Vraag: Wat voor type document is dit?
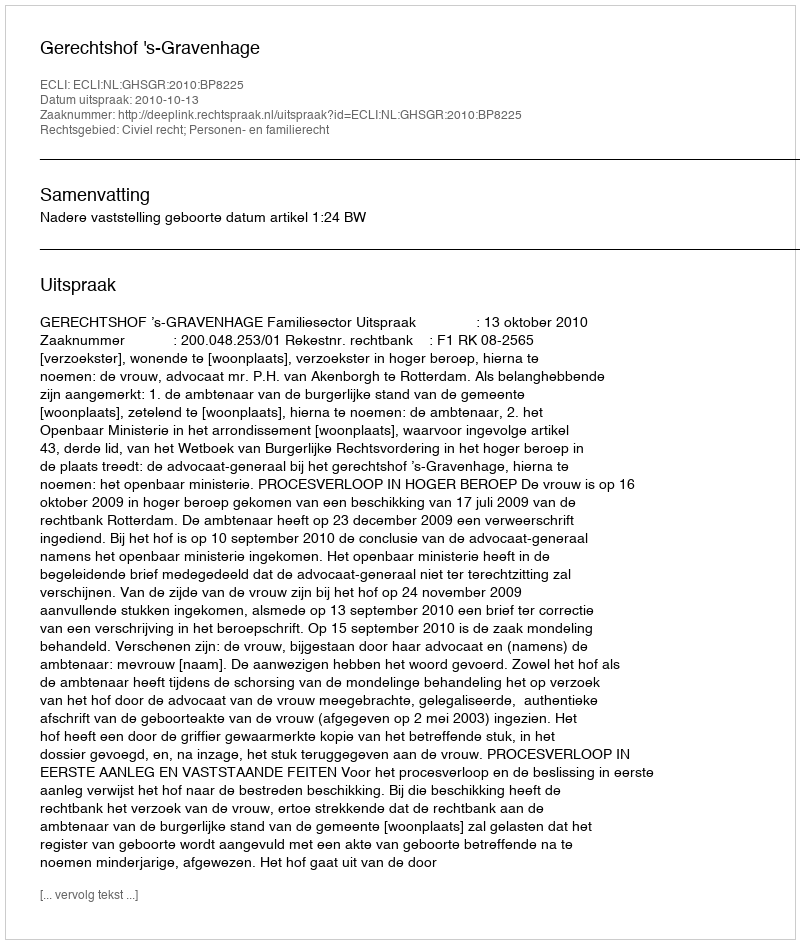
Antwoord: Uitspraak